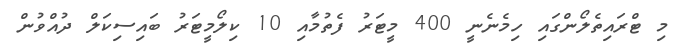
މި ޓްރައިތެލޯންގައި ހިމެނެނީ 400 މީޓަރު ފެތުމާއި 10 ކިލޯމީޓަރު ބައިސިކަލް ދުއްވުން